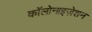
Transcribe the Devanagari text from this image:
कॉलोनाइज़ेशन